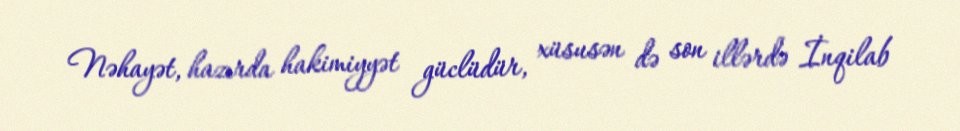
Nəhayət, hazırda hakimiyyət güclüdür, xüsusən də son illərdə İnqilab